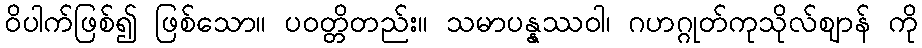
ဝိပါက်ဖြစ်၍ ဖြစ်သော။ ပဝတ္တိတည်း။ သမာပန္နဿဝါ၊ ဂဟဂ္ဂုတ်ကုသိုလ်ဈာန် ကို